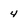
Character: 4